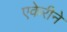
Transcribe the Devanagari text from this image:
एकेरीने